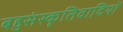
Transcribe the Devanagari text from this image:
बहुसंस्कृतिवादियों